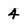
Character: 4